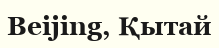
Beijing, Қытай